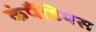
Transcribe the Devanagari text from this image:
कंपैंडियस